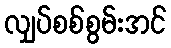
လျှပ်စစ်စွမ်းအင်